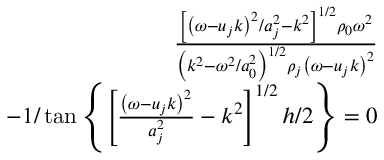
\begin{array} { r } { \frac { \left[ \left( \omega - u _ { j } k \right) ^ { 2 } / a _ { j } ^ { 2 } - k ^ { 2 } \right] ^ { 1 / 2 } \rho _ { 0 } \omega ^ { 2 } } { \left( k ^ { 2 } - \omega ^ { 2 } / a _ { 0 } ^ { 2 } \right) ^ { 1 / 2 } \rho _ { j } \left( \omega - u _ { j } k \right) ^ { 2 } } } \\ { - 1 / \tan \left\{ \left[ \frac { \left( \omega - u _ { j } k \right) ^ { 2 } } { a _ { j } ^ { 2 } } - k ^ { 2 } \right] ^ { 1 / 2 } h / 2 \right\} = 0 } \end{array}